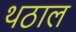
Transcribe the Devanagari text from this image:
थठाल